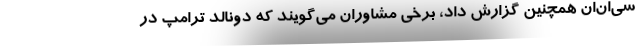
سی‌ان‌ان همچنین گزارش داد، برخی مشاوران می‌گویند که دونالد ترامپ در